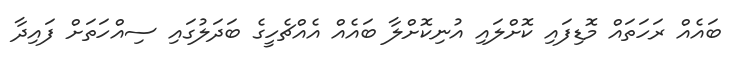
ބައެއް ރަހަތައް މޮޑިފައި ކޮށްލައި އުނިކޮށްލާ ބައެއް އެއްޗެހީގެ ބަދަލުގައި ސިއްހަތަށް ފައިދާ